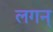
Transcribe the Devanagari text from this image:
लगन्